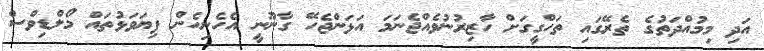
އަދި މިމުއްދަތުގެ ތެރޭގައި ތަހްގީގަށް ހާޒިރުނުވެއްޖެނަމަ އަޅަންޖެހޭ ގާނޫނީ އެހެނިހެން ފިޔަވަޅުތައް މޯލްޑިވްސް